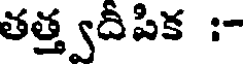
తత్త్వదీపిక :-